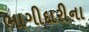
ભાગીદારીના